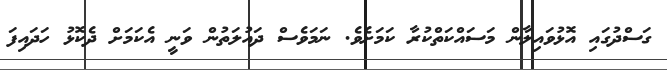
ގަސްދުގައި އޮޅުވައިލާން މަސައްކަތްކުރާ ކަމަށެވެ. ނަމަވެސް ދައުލަތުން ވަނީ އެކަމަށް ދެކޮޅު ހަދައިފަ